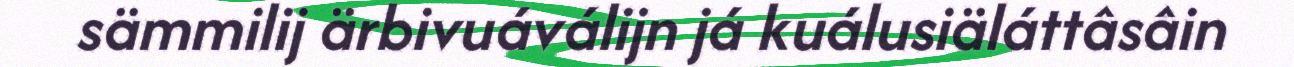
sämmilij ärbivuáválijn já kuálusiäláttâsâin